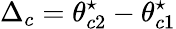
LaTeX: \Delta_{c}=\theta_{c2}^{\star}-\theta_{c1}^{\star}